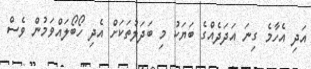
އަދި އެހާމެ ގިނަ އަދަދެއްގެ ބަޔަކު މި ބަދަލުތަކަށް އެދި ހޯބޯލައްވަމުން ވެސް